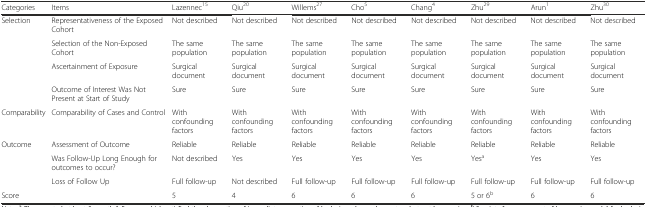
| Categories | Items | Lazennec15 | Qiu20 | Willems27 | Cho5 | Chang4 | Zhu29 | Arun1 | Zhu30 |
 | --- | --- | --- | --- | --- | --- | --- | --- | --- | --- |
 | <ROWSPAN=4> Selection | Representativeness of the Exposed Cohort | Not described | Not described | Not described | Not described | Not described | Not described | Not described | Not described |
 | Selection of the Non-Exposed Cohort | The same population | The same population | The same population | The same population | The same population | The same population | The same population | The same population |
 | Ascertainment of Exposure | Surgical document | Surgical document | Surgical document | Surgical document | Surgical document | Surgical document | Surgical document | Surgical document |
 | Outcome of Interest Was Not Present at Start of Study | Sure | Sure | Sure | Sure | Sure | Sure | Sure | Sure |
 | Comparability | Comparability of Cases and Control | With confounding factors | With confounding factors | With confounding factors | With confounding factors | With confounding factors | With confounding factors | With confounding factors | With confounding factors |
 | <ROWSPAN=3> Outcome | Assessment of Outcome | Reliable | Reliable | Reliable | Reliable | Reliable | Reliable | Reliable | Reliable |
 | Was Follow-Up Long Enough for outcomes to occur? | Not described | Yes | Yes | Yes | Yes | Yesa | Yes | Yes |
 | Loss of Follow Up | Full follow-up | Not described | Full follow-up | Full follow-up | Full follow-up | Full follow-up | Full follow-up | Full follow-up |
 | Score |  | 5 | 4 | 6 | 6 | 6 | 5 or 6b | 6 | 6 |